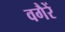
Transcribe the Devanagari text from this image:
वगैरें